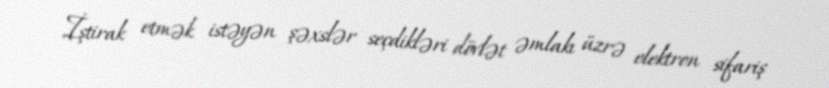
İştirak etmək istəyən şəxslər seçdikləri dövlət əmlakı üzrə elektron sifariş